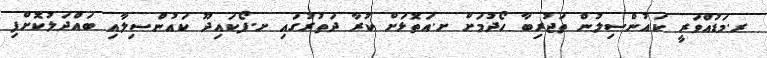
ރ.މަޑުއްވަރީ ކައުންސިލުން ތަޖުރިބާ ހޯދުމަށް ށ.އަތޮޅަށް ކުރާ ދަތުރުގައި ށ.ފޯކައިދޫ ކައުންސިލާއި ބައްދަލުކޮށްފި